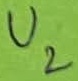
Text: U2